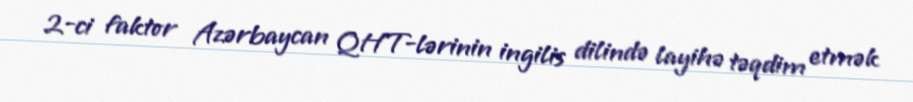
2-ci faktor Azərbaycan QHT-lərinin ingilis dilində layihə təqdim etmək